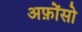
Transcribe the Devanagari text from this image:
अफ़ोंसो